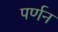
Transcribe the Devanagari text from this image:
पर्णन